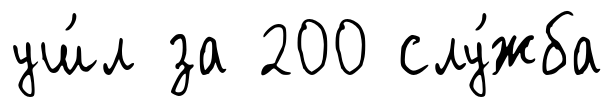
уш́л за 200 слу́жба